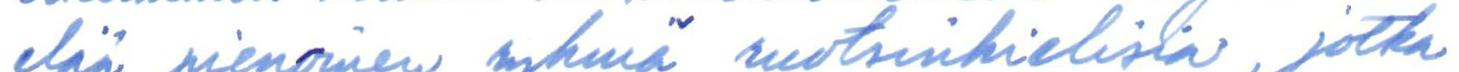
elää pienoinen ryhmä ruotsinkielisiä, jotka